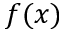
f ( x )